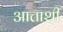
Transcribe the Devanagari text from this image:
आत्ताशी